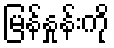
မြန်နှုန်းကို